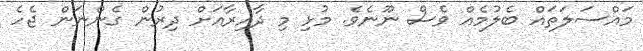
މައްސަލަތައް ބެލުމެއް ވެސް ނޫނެވެ. މުޅި މި ދާއިރާއަށް ދިރުން ގެންނަން ޖެހެ